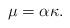
LaTeX: \begin{align*} \mu=\alpha\kappa.\end{align*}